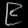
Digit: ၉